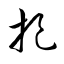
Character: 捉